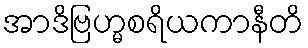
အာဒိဗြဟ္မစရိယကာနီတိ